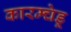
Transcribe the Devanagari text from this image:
कारम्चेडू